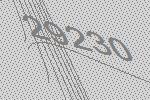
29230